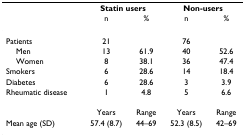
<table><thead><tr><td></td><td colspan="2"><b>Statin users</b></td><td colspan="2"><b>Non-users</b></td></tr><tr><td></td><td><b>n</b></td><td><b>%</b></td><td><b>n</b></td><td><b>%</b></td></tr></thead><tbody><tr><td>Patients</td><td>21</td><td></td><td>76</td><td></td></tr><tr><td> Men</td><td>13</td><td>61.9</td><td>40</td><td>52.6</td></tr><tr><td> Women</td><td>8</td><td>38.1</td><td>36</td><td>47.4</td></tr><tr><td>Smokers</td><td>6</td><td>28.6</td><td>14</td><td>18.4</td></tr><tr><td>Diabetes</td><td>6</td><td>28.6</td><td>3</td><td>3.9</td></tr><tr><td>Rheumatic disease</td><td>1</td><td>4.8</td><td>5</td><td>6.6</td></tr><tr><td></td><td>Years</td><td>Range</td><td>Years</td><td>Range</td></tr><tr><td>Mean age (SD)</td><td>57.4 (8.7)</td><td>44–69</td><td>52.3 (8.5)</td><td>42–69</td></tr></tbody></table>